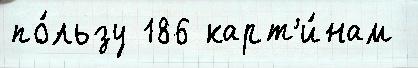
по́льзу 186 карт'и́нам